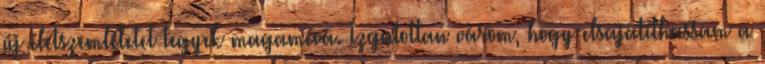
új életszemléletet tegyek magamévá. Izgatottan várom, hogy elsajátíthassam a